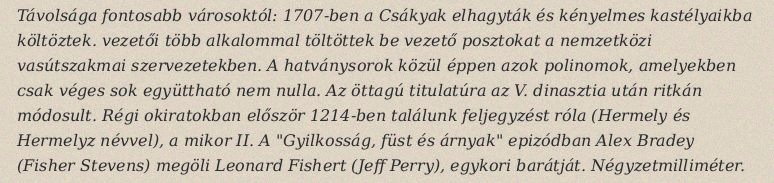
Távolsága fontosabb városoktól: 1707-ben a Csákyak elhagyták és kényelmes kastélyaikba költöztek. vezetői több alkalommal töltöttek be vezető posztokat a nemzetközi vasútszakmai szervezetekben. A hatványsorok közül éppen azok polinomok, amelyekben csak véges sok együttható nem nulla. Az öttagú titulatúra az V. dinasztia után ritkán módosult. Régi okiratokban először 1214-ben találunk feljegyzést róla (Hermely és Hermelyz névvel), a mikor II. A "Gyilkosság, füst és árnyak" epizódban Alex Bradey (Fisher Stevens) megöli Leonard Fishert (Jeff Perry), egykori barátját. Négyzetmilliméter.